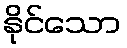
နိုင်သော